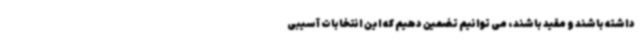
داشته باشند و مقید باشند، می توانیم تضمین دهیم که این انتخابات آسیبی